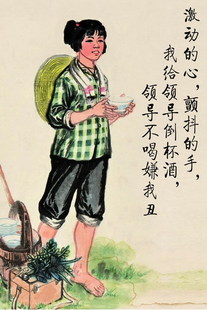
浅把涓涓酒，深凭送此生。